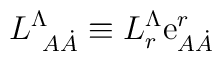
L^\Lambda_{\ A\dot A} \equiv L^\Lambda_r {\rm e}^r_{A\dot A}